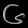
Digit: ၆